Report of the Indian Hemp Drugs Commission, 1894-1895 - Volume III
Year: 1894
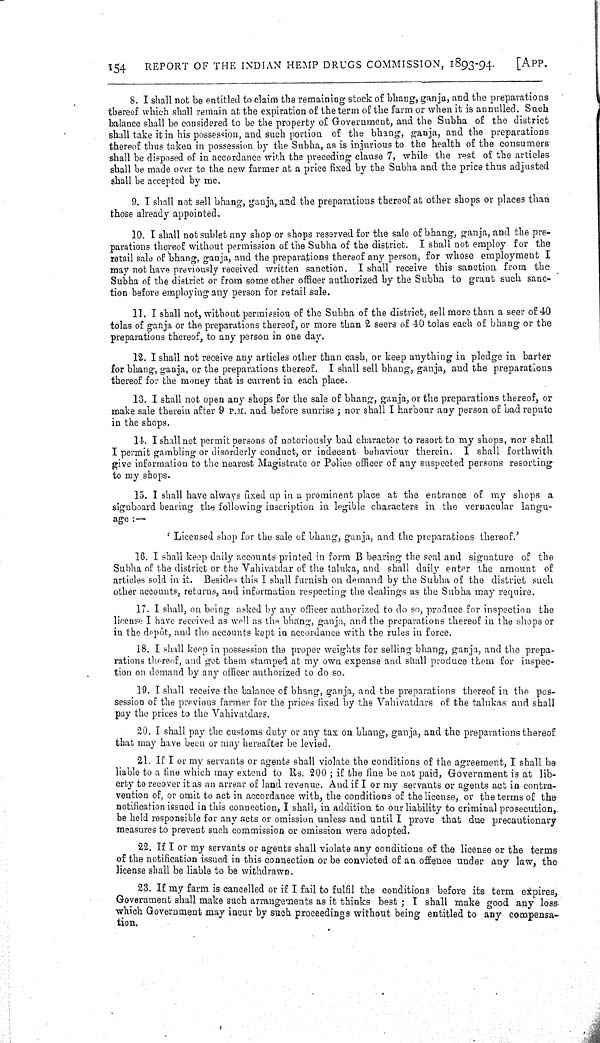
154
REPORT OF THE INDIAN HEMP DRUGS COMMISSION, 1893-94.
[APP.
8. I shall not be entitled to claim the remaining stock of bhang, ganja, and the preparations
thereof which shall remain at the expiration of the term of the farm or when it is annulled. Such
balance shall be considered to be the property of Government, and the Subha of the district
shall take it in his possession, and such portion of the bhang, ganja, and the preparations
thereof thus taken in possession by the Subha, as is injurious to the health of the consumers
shall be disposed of in accordance with the preceding clause 7, while the rest of the articles
shall be made over to the new farmer at a price fixed by the Subha and the price thus adjusted
shall be accepted by me.
9. I shall not sell bhang, ganja, and the preparations thereof at other shops or places than
those already appointed.
10. I shall not sublet any shop or shops reserved for the sale of bhang, ganja, and the pre-
parations thereof without permission of the Subha of the district. I shall not employ for the
retail sale of bhang, ganja, and the preparations thereof any person, for whose employment I
may not have previously received written sanction. I shall receive this sanction from the
Subha of the district or from some other officer authorized by the Subha to grant such sanc-
tion before employing any person for retail sale.
11. I shall not, without permission of the Subha of the district, sell more than a seer of 40
tolas of ganja or the preparations thereof, or more than 2 seers of 40 tolas each of bhang or the
preparations thereof, to any person in one day.
12. I shall not receive any articles other than cash, or keep anything in pledge in barter
for bhang, ganja, or the preparations thereof. I shall sell bhang, ganja, and the preparations
thereof for the money that is current in each place.
13. I shall not open any shops for the sale of bhang, ganja, or the preparations thereof, or
make sale therein after 9 P.M. and before sunrise; nor shall I harbour any person of bad repute
in the shops.
14. I shall not permit persons of notoriously bad character to resort to my shops, nor shall
I permit gambling or disorderly conduct, or indecent behaviour therein. I shall forthwith
give information to the nearest Magistrate or Police officer of any suspected persons resorting
to my shops.
15. I shall have always fixed up in a prominent place at the entrance of my shops a
signboard bearing the following inscription in legible characters in the vernacular langu-
age:—
'Licensed shop for the sale of bhang, ganja, and the preparations thereof.'
16. I shall keep daily accounts printed in form B bearing the seal and signature of the
Subha of the district or the Vahivatdar of the taluka, and shall daily enter the amount of
articles sold in it. Besides this I shall furnish on demand by the Subha of the district such
other accounts, returns, and information respecting the dealings as the Subha may require.
17. I shall, on being asked by any officer authorized to do so, produce for inspection the
license I have received as well as the bhang, ganja, and the preparations thereof in the shops or
in the depôt, and the accounts kept in accordance with the rules in force.
18. I shall keep in possession the proper weights for selling bhang, ganja, and the prepa-
rations thereof, and get them stamped at my own expense and shall produce them for inspec-
tion on demand by any officer authorized to do so.
19. I shall receive the balance of bhang, ganja, and the preparations thereof in the pos-
session of the previous farmer for the prices fixed by the Vahivatdars of the talukas and shall
pay the prices to the Vahivatdars.
20. I shall pay the customs duty or any tax on bhang, ganja, and the preparations thereof
that may have been or may hereafter be levied.
21. If I or my servants or agents shall violate the conditions of the agreement, I shall be
liable to a fine which may extend to Rs. 200; if the fine be not paid, Government is at lib-
erty to recover it as an arrear of land revenue. And if I or my servants or agents act in contra-
vention of, or omit to act in accordance with, the conditions of the license, or the terms of the
notification issued in this connection, I shall, in addition to our liability to criminal prosecution,
be held responsible for any acts or omission unless and until I prove that due precautionary
measures to prevent such commission or omission were adopted.
22. If I or my servants or agents shall violate any conditions of the license or the terms
of the notification issued in this connection or be convicted of an offence under any law, the
license shall be liable to be withdrawn.
23. If my farm is cancelled or if I fail to fulfil the conditions before its term expires,
Government shall make such arrangements as it thinks best; I shall make good any loss
which Government may incur by such proceedings without being entitled to any compensa-
tion.